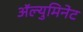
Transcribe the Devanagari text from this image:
अॅल्युमिनेट